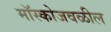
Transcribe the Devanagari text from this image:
मॉस्कोजवळील